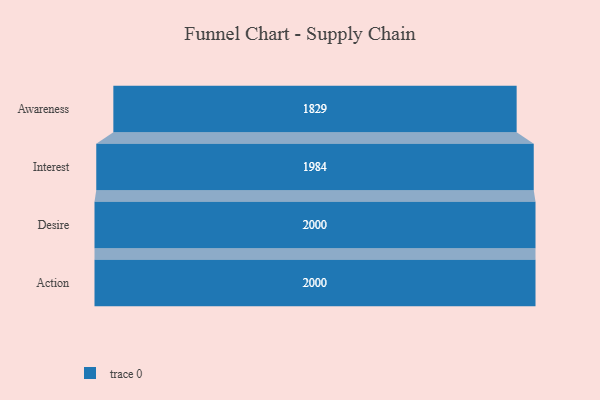
{"axis": {"x": "Stage", "y": "Value"}, "legend": [""], "data": [{"x": "Awareness", "y": 1829.0, "type": ""}, {"x": "Interest", "y": 1984.0, "type": ""}, {"x": "Desire", "y": 2000, "type": ""}, {"x": "Action", "y": 2000, "type": ""}]}